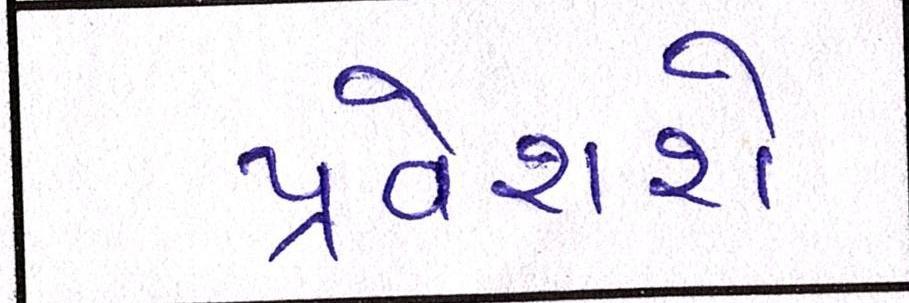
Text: પ્રવેશશે